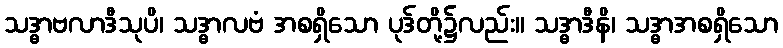
သဒ္ဓာဗလာဒီသုပိ၊ သဒ္ဓာလဗံ အစရှိသော ပုဒ်တို့၌လည်း။ သဒ္ဓာဒီနိ၊ သဒ္ဓာအစရှိသော